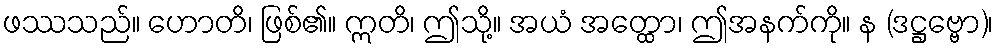
ဖဿသည်။ ဟောတိ၊ ဖြစ်၏။ ဣတိ၊ ဤသို့။ အယံ အတ္ထော၊ ဤအနက်ကို။ န (ဒဋ္ဌဗ္ဗော)၊